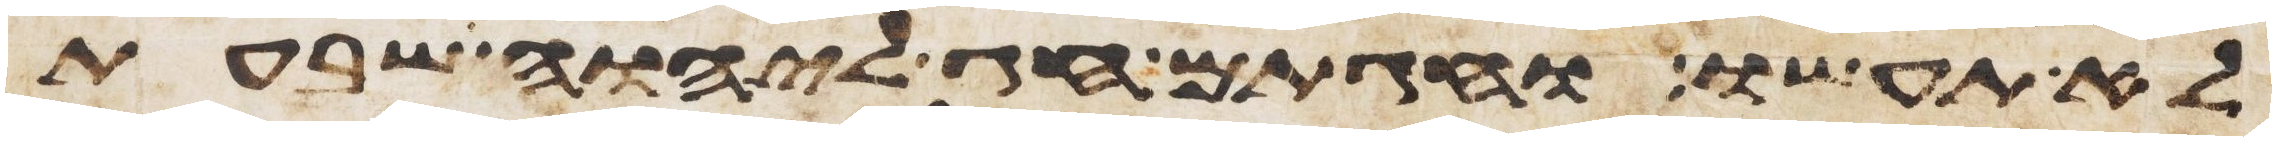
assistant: לא תעשו וחגתם חג ליהוה שבעת